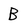
Character: B